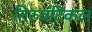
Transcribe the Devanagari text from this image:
तिरुवटिकल